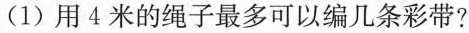
(1)用4米的绳子最多可以编几条彩带?